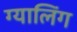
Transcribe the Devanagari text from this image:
ग्यालिंग